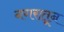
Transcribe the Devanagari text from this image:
नगरातून